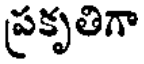
ప్రకృతిగా